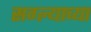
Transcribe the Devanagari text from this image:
सग्ल्याच्या